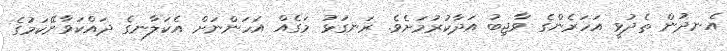
އެނދުން ތެދުވީ އަހަރެންގެ ވާޖިބު އަދާކުރުމަށެވެ. ރަނގަޅު މަގެއް އަހަންނަށް އެކަލާނގެ ދައްކަވާނޭކަމުގެ